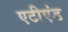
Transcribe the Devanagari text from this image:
एटीएंड